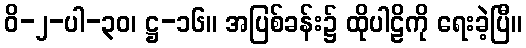
ဝိ-၂-ပါ-၃၀၊ ဋ္ဌ-၁၆။ အပြစ်ခန်း၌ ထိုပါဠိကို ရေးခဲ့ပြီ။